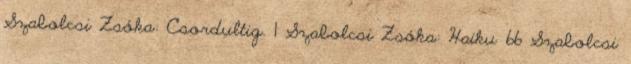
Szabolcsi Zsóka: Csordultig. 1 Szabolcsi Zsóka: Haiku 66 Szabolcsi